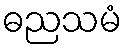
ဓညသမံ